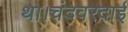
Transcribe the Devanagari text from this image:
था।चंदवरदाई